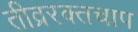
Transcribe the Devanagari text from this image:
तीव्ररक्तचाप